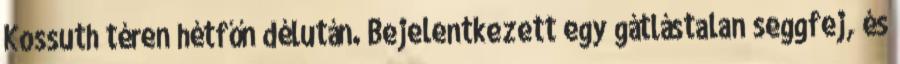
Kossuth téren hétfőn délután. Bejelentkezett egy gátlástalan seggfej, és